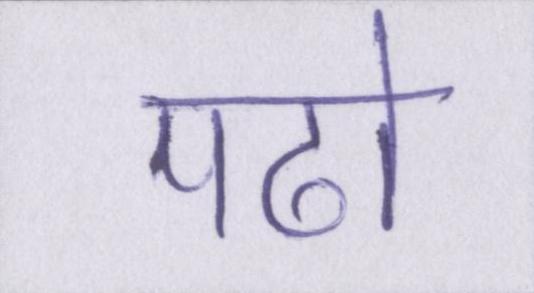
पढो